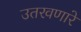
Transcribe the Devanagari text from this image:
उतरवणारे